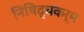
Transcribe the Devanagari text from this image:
निषिद्धकर्म